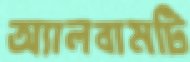
অ্যালবামটি